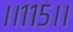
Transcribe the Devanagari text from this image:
।।११५।।